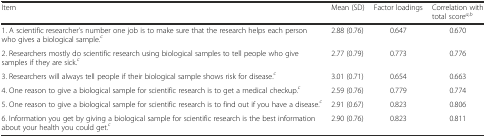
| Item | Mean (SD) | Factor loadings | Correlation with total scorea,b |
 | --- | --- | --- | --- |
 | 1. A scientific researcher’s number one job is to make sure that the research helps each person who gives a biological sample.c | 2.88 (0.76) | 0.647 | 0.670 |
 | 2. Researchers mostly do scientific research using biological samples to tell people who give samples if they are sick.c | 2.77 (0.79) | 0.773 | 0.776 |
 | 3. Researchers will always tell people if their biological sample shows risk for disease.c | 3.01 (0.71) | 0.654 | 0.663 |
 | 4. One reason to give a biological sample for scientific research is to get a medical checkup.c | 2.59 (0.76) | 0.779 | 0.774 |
 | 5. One reason to give a biological sample for scientific research is to find out if you have a disease.c | 2.91 (0.67) | 0.823 | 0.806 |
 | 6. Information you get by giving a biological sample for scientific research is the best information about your health you could get.c | 2.90 (0.76) | 0.823 | 0.811 |